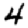
Digit: 4